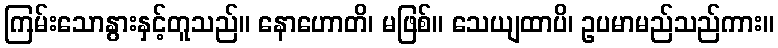
ကြမ်းသောနွားနှင့်တူသည်။ နောဟောတိ၊ မဖြစ်။ သေယျထာပိ၊ ဥပမာမည်သည်ကား။